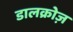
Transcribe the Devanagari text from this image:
डालक्रोज़